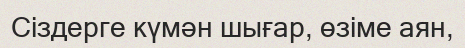
Сіздерге күмән шығар, өзіме аян,